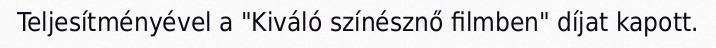
Teljesítményével a "Kiváló színésznő filmben" díjat kapott.